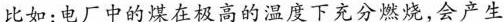
比如：电厂中的煤在极高的温度下充分燃烧，会产生